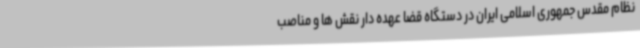
نظام مقدس جمهوری اسلامی ایران در دستگاه قضا عهده دار نقش ها و مناصب